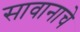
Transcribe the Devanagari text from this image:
सावानाचे